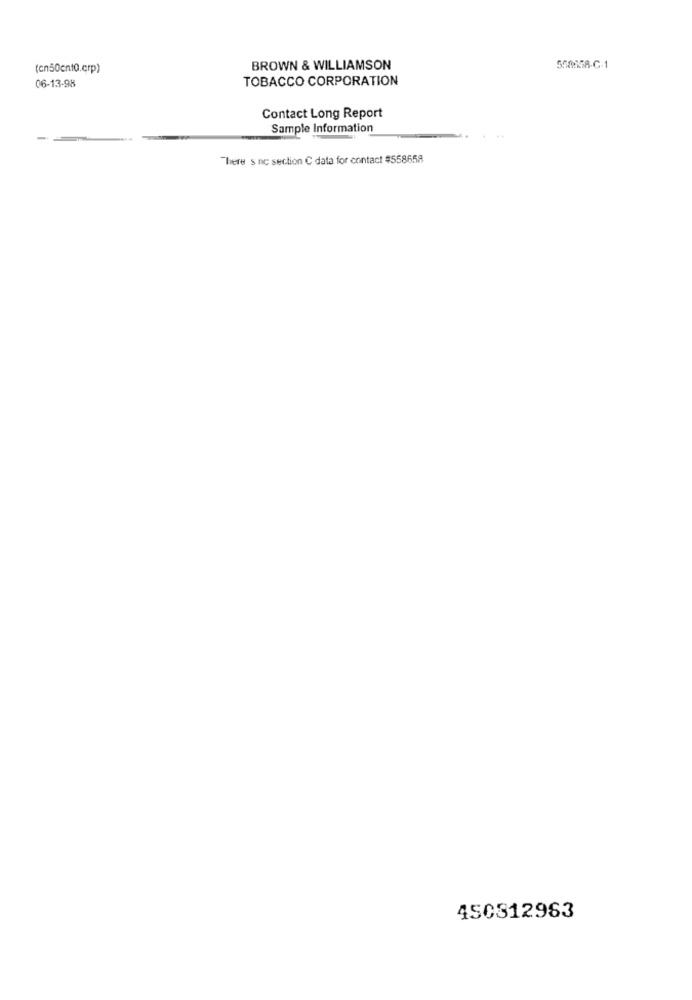
(cn50cn10.crp)
BROWN & WILLIAMSON
558658-C.1
06-13-98
TOBACCO CORPORATION
Contact Long Report
Sample Information
-
There s nc section C data for contact #558658
450812963